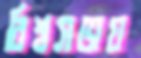
বিশ্বসভায়